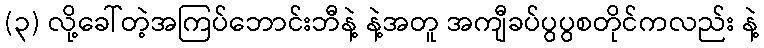
(၃) လို့ခေါ်တဲ့အကြပ်ဘောင်းဘီနဲ့ နဲ့အတူ အကျီခပ်ပွပွစတိုင်ကလည်း နဲ့